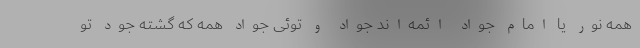
همه نور یا امام جواد ائمه‌اند جواد و توئی جواد همه که گشته جود تو